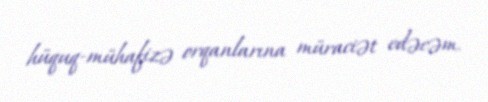
hüquq-mühafizə orqanlarına müraciət edəcəm.